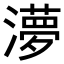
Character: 𭲿